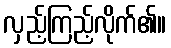
လှည့်ကြည့်လိုက်၏။